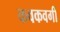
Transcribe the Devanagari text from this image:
कवकवर्गी